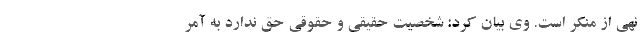
نهی از منکر است. وی بیان کرد: شخصیت حقیقی و حقوقی حق ندارد به آمر